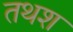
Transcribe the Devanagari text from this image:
तथश